Indian journal of veterinary science and animal husbandry - Volumes 26-27, 1956-1957
Year: 1956
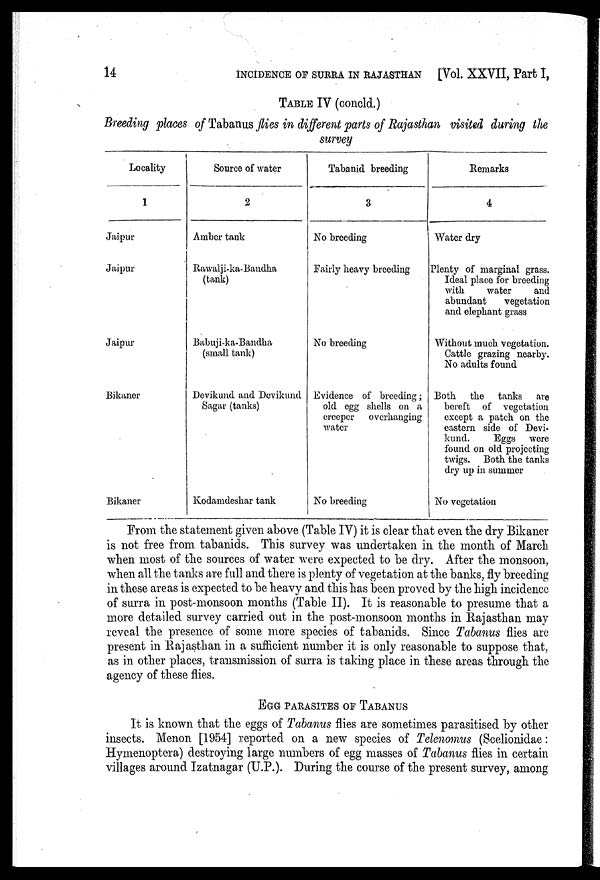
14
INCIDENCE OF SURRA IN RAJASTHAN [Vol. XXVII, Part I,
TABLE IV (concld.)
Breeding places of Tabanus flies in different parts of Rajasthan visited during the
survey
Locality
1
Jaipur
Jaipur
Jaipur
Bikaner
Bikaner
Source of water
2
Amber tank
Rawalji-ka-Bandha
(tank)
Babuji-ka-Bandha
(small tank)
Devikund and Devikund
Sagar (tanks)
Kodamdeshar tank
Tabanid breeding
3
No breeding
Fairly heavy breeding
No breeding
Evidence of breeding ;
old egg shells on a
creeper overhanging
water
No breeding
Remarks
4
Water dry
Plenty of marginal grass.
Ideal place for breeding
with
water
and
abundant
vegetation
and elephant grass
Without much vegetation.
Cattle grazing nearby.
No adults found
Both the tanks are
bereft of vegetation
except a patch on the
eastern side of Devi-
kund.
Eggs were
found on old projecting
twigs. Both the tanks
dry up in summer
No vegetation
From the statement given above (Table IV) it is clear that even the dry Bikaner
is not free from tabanids. This survey was undertaken in the month of March
when most of the sources of water were expected to be dry. After the monsoon,
when all the tanks are full and there is plenty of vegetation at the banks, fly breeding
in these areas is expected to be heavy and this has been proved by the high incidence
of surra in post-monsoon months (Table II). It is reasonable to presume that a
more detailed survey carried out in the post-monsoon months in Rajasthan may
reveal the presence of some more species of tabanids. Since Tabanus flies are
present in Rajasthan in a sufficient number it is only reasonable to suppose that,
as in other places, transmission of surra is taking place in these areas through the
agency of these flies.
EGG PARASITES OF TABANUS
It is known that the eggs of Tabanus flies are sometimes parasitised by other
insects. Menon [1954] reported on a new species of Telenomus (Scelionidae:
Hymenoptera) destroying large numbers of egg masses of Tabanus flies in certain
villages around Izatnagar (U.P.). During the course of the present survey, among